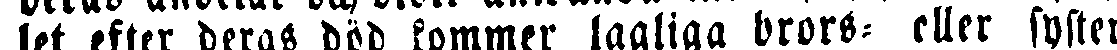
let efter deras död kommer lagliga brors- eller syster